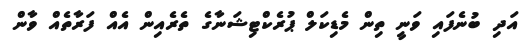
އަދި ބުނެފައި ވަނީ ތިން މެޑިކަލް ޕުރެކްޓިޝަނާގެ ތެރެއިން އެއް ފަރާތެއް ވާން